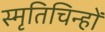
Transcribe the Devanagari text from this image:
स्मृतिचिन्हों